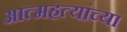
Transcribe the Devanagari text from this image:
आत्महत्यांच्या